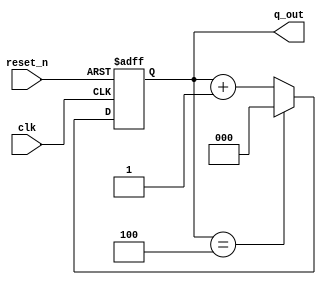
`timescale 1ns / 1ps
//////////////////////////////////////////////////////////////////////////////////
// Company: 
// Engineer: 
// 
// Design Name: 
// Module Name: lab32_Mod5_Counter
// Project Name: 
// Target Devices: 
// Tool Versions: 
// Description: 
// 
// Dependencies: 
// 
// Revision:
// Revision 0.01 - File Created
// Additional Comments:
// 
//////////////////////////////////////////////////////////////////////////////////


module lab32_Mod5_Counter(
                    input clk,
                    input reset_n,
                    output reg [2:0]q_out                 
    );
    always @(posedge clk or negedge reset_n)
    begin
        if(!reset_n)
            q_out <= 3'b000;
        else
            begin
                if(q_out == 3'b100)
                    q_out <= 3'b000;
                else
                    q_out <= q_out + 1;
            end
     end
endmodule